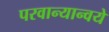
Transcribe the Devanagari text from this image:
परवान्यान्वये